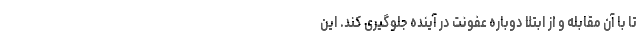
تا با آن مقابله و از ابتلا دوباره عفونت در آینده جلوگیری کند. این